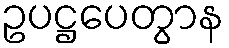
ဥပဋ္ဌပေတွာန